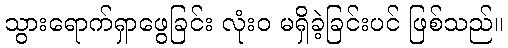
သွားရောက်ရှာဖွေခြင်း လုံးဝ မရှိခဲ့ခြင်းပင် ဖြစ်သည်။